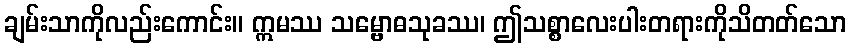
ချမ်းသာကိုလည်းကောင်း။ ဣမဿ သမ္ဗောဓသုခဿ၊ ဤသစ္စာလေးပါးတရားကိုသိတတ်သော